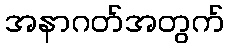
အနာဂတ်အတွက်